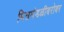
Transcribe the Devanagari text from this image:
मित्रमंडळीबरोबर